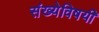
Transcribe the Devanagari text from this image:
संख्येविषयी